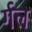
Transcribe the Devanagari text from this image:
र्गल